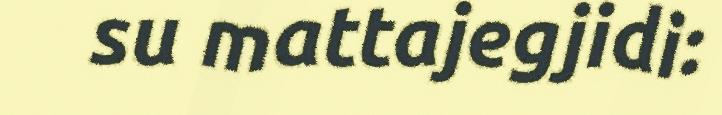
su mattajegjidi: